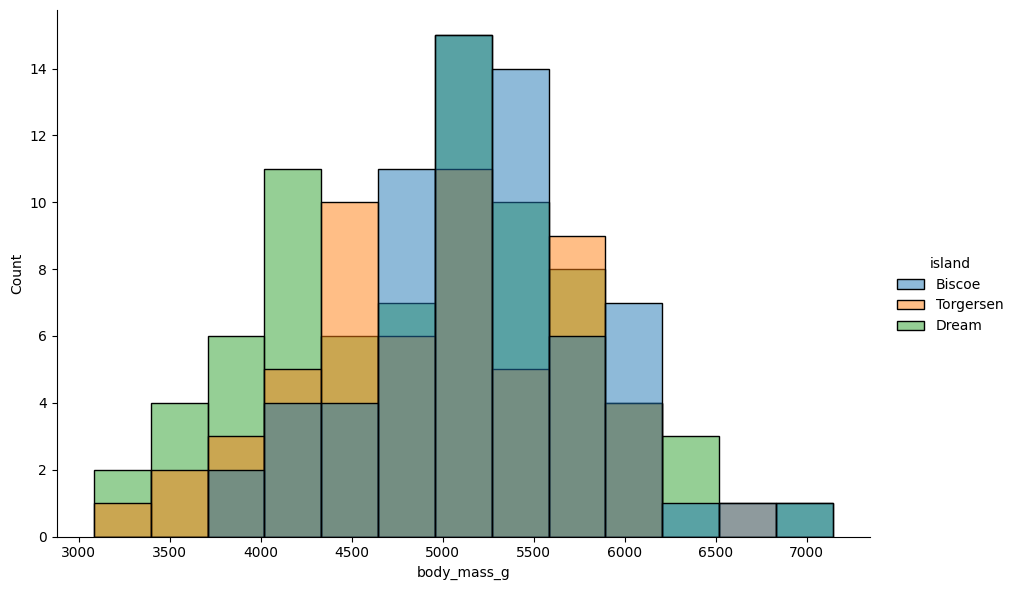
python, seaborn, displot, kind='hist', column='body_mass_g', hue='island', height=6, aspect=1.5